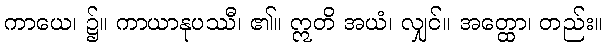
ကာယေ၊ ၌။ ကာယာနုပဿီ၊ ၏။ ဣတိ အယံ၊ လျှင်။ အတ္ထော၊ တည်း။